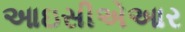
આઇસીએઆર